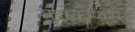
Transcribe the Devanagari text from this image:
सूपरकम्प्यूटर